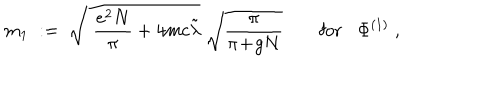
m _ { 1 } \; : = \; \sqrt { \; \frac { e ^ { 2 } N } { \pi } + 4 m c \tilde { \lambda } } \; \sqrt { \frac { \pi } { \pi \! + \! g N } } \; \mathrm { f o r } \Phi ^ { ( 1 ) } \; ,